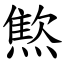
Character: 燞